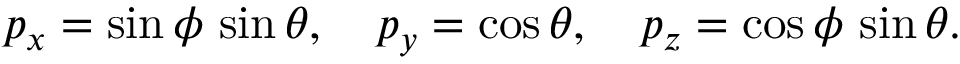
p _ { x } = \sin \phi \, \sin \theta , \quad p _ { y } = \cos \theta , \quad p _ { z } = \cos \phi \, \sin \theta .